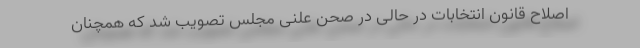
اصلاح قانون انتخابات در حالی در صحن علنی مجلس تصویب شد که همچنان